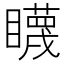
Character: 䁾